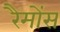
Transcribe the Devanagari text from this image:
रैमोंस